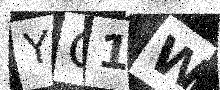
Text: YO1W